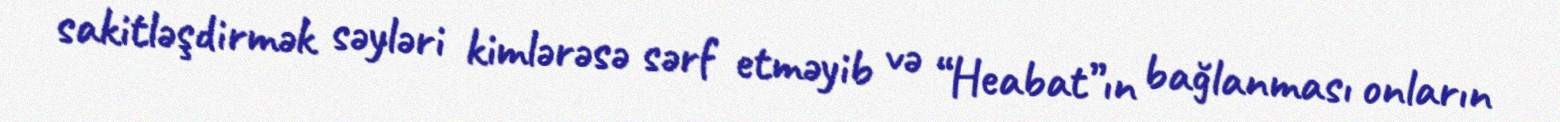
sakitləşdirmək səyləri kimlərəsə sərf etməyib və “Heabat”ın bağlanması onların